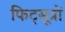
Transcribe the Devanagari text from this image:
फिट्सूत्रों